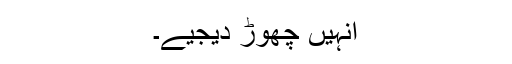
انہیں چھوڑ دیجیے۔